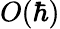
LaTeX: O(\hbar)